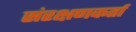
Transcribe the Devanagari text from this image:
संरक्षणकर्ता